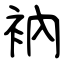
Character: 衲